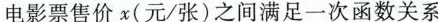
电影票售价x(元/张)之间满足一次函数关系